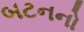
બટનનો